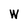
Character: W